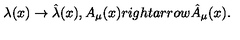
\lambda ( x ) \rightarrow \hat { \lambda } ( x ) , A _ { \mu } ( x ) r i g h t a r r o w \hat { A } _ { \mu } ( x ) .